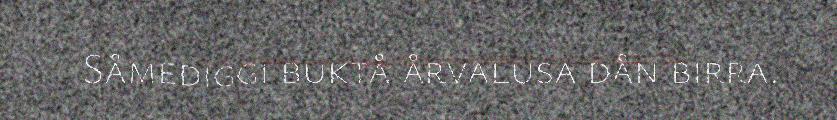
Såmediggi buktå årvalusa dån birra.